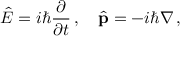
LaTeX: { \hat { E } } = i \hbar { \frac { \partial } { \partial t } } \, , \quad { \hat { \mathbf { p } } } = - i \hbar \nabla \, ,